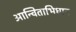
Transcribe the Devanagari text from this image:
आन्विताभिधान